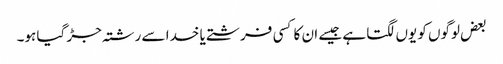
بعض لوگوں کو یوں لگتا ہے جیسے ان کا کسی فرشتے یا خدا سے رشتہ جڑ گیا ہو۔